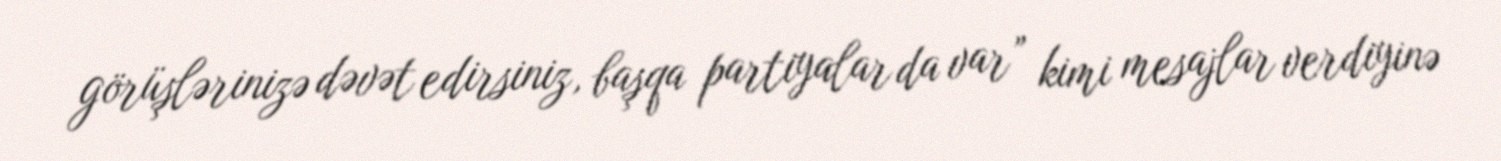
görüşlərinizə dəvət edirsiniz, başqa partiyalar da var” kimi mesajlar verdiyinə